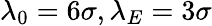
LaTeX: \lambda_{0}=6\sigma,\lambda_{E}=3\sigma